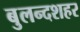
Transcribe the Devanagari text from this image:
बुलन्‍दशहर